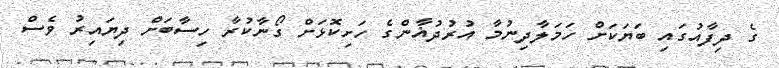
ގެ ދިފާއުގައި ބަޔަކަށް ހަމަލާދިނުމާ އުރުދުޣާންގެ ހަށިކޮޅަށް ގޯނާކުރާ ހިސާބަށް ދިޔައިރު ވެސް